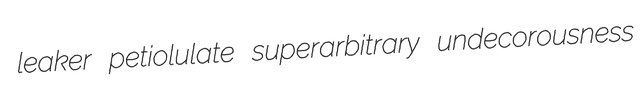
leaker petiolulate superarbitrary undecorousness